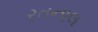
રતનાલ